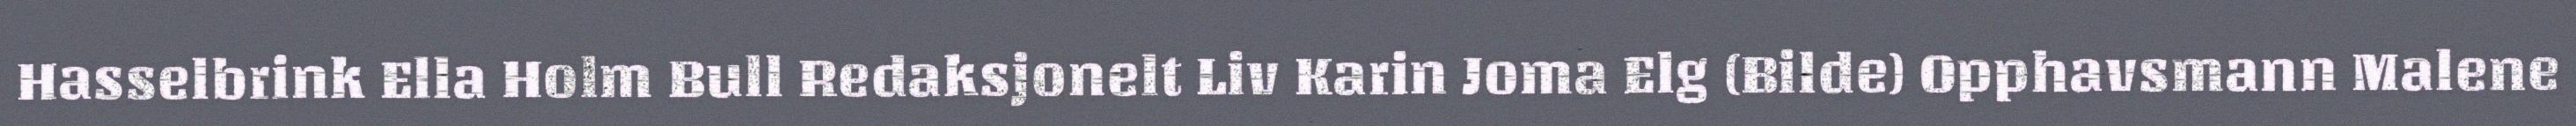
Hasselbrink Ella Holm Bull Redaksjonelt Liv Karin Joma Elg (Bilde) Opphavsmann Malene